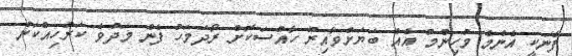
ފެނަކީ އެންމެ މުހިންމު އެއް ބަޔަށްވާއިރު ހާއްސަކޮށް ރޯދަމަހު ފެން މަދުވެ ކަރުހިއްކަން